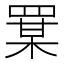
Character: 𦋡